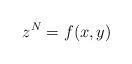
LaTeX: \begin{align*} z^N=f(x,y)\end{align*}